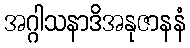
အဂ္ဂါသနာဒိအနုဇာနနံ